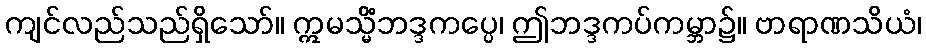
ကျင်လည်သည်ရှိသော်။ ဣမသ္မိံဘဒ္ဒကပ္ပေ၊ ဤဘဒ္ဒကပ်ကမ္ဘာ၌။ ဗာရာဏသိယံ၊